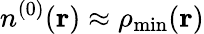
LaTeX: n^{(0)}({\mathbf r})\approx\rho_{\mathrm{min}}({\mathbf r})